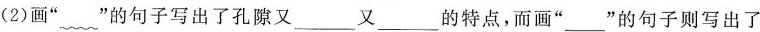
(2)画”~”的句子写出了孔隙又___又___的特点，而画”___”的句子则写出了